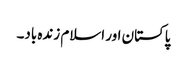
پاکستان اور اسلام زندہ باد۔